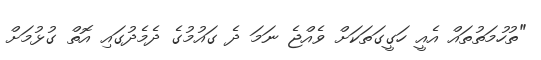
"ތުހުމަތުތައް އެއީ ހަގީގަތަކަށް ވެއްޖެ ނަމަ ދެ ގައުމުގެ ދެމެދުގައި އޮތް ގުޅުމަށް